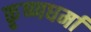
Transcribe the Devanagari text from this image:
कृ्ष्णधर्मा